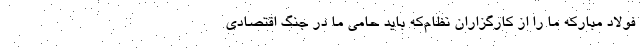
فولاد مبارکه ما را از کارگزاران نظام‌که باید حامی ما در جنگ اقتصادی